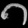
Digit: ၈